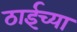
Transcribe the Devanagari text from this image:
ठाईच्या